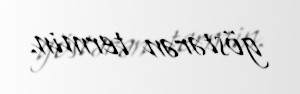
göstərən termin.